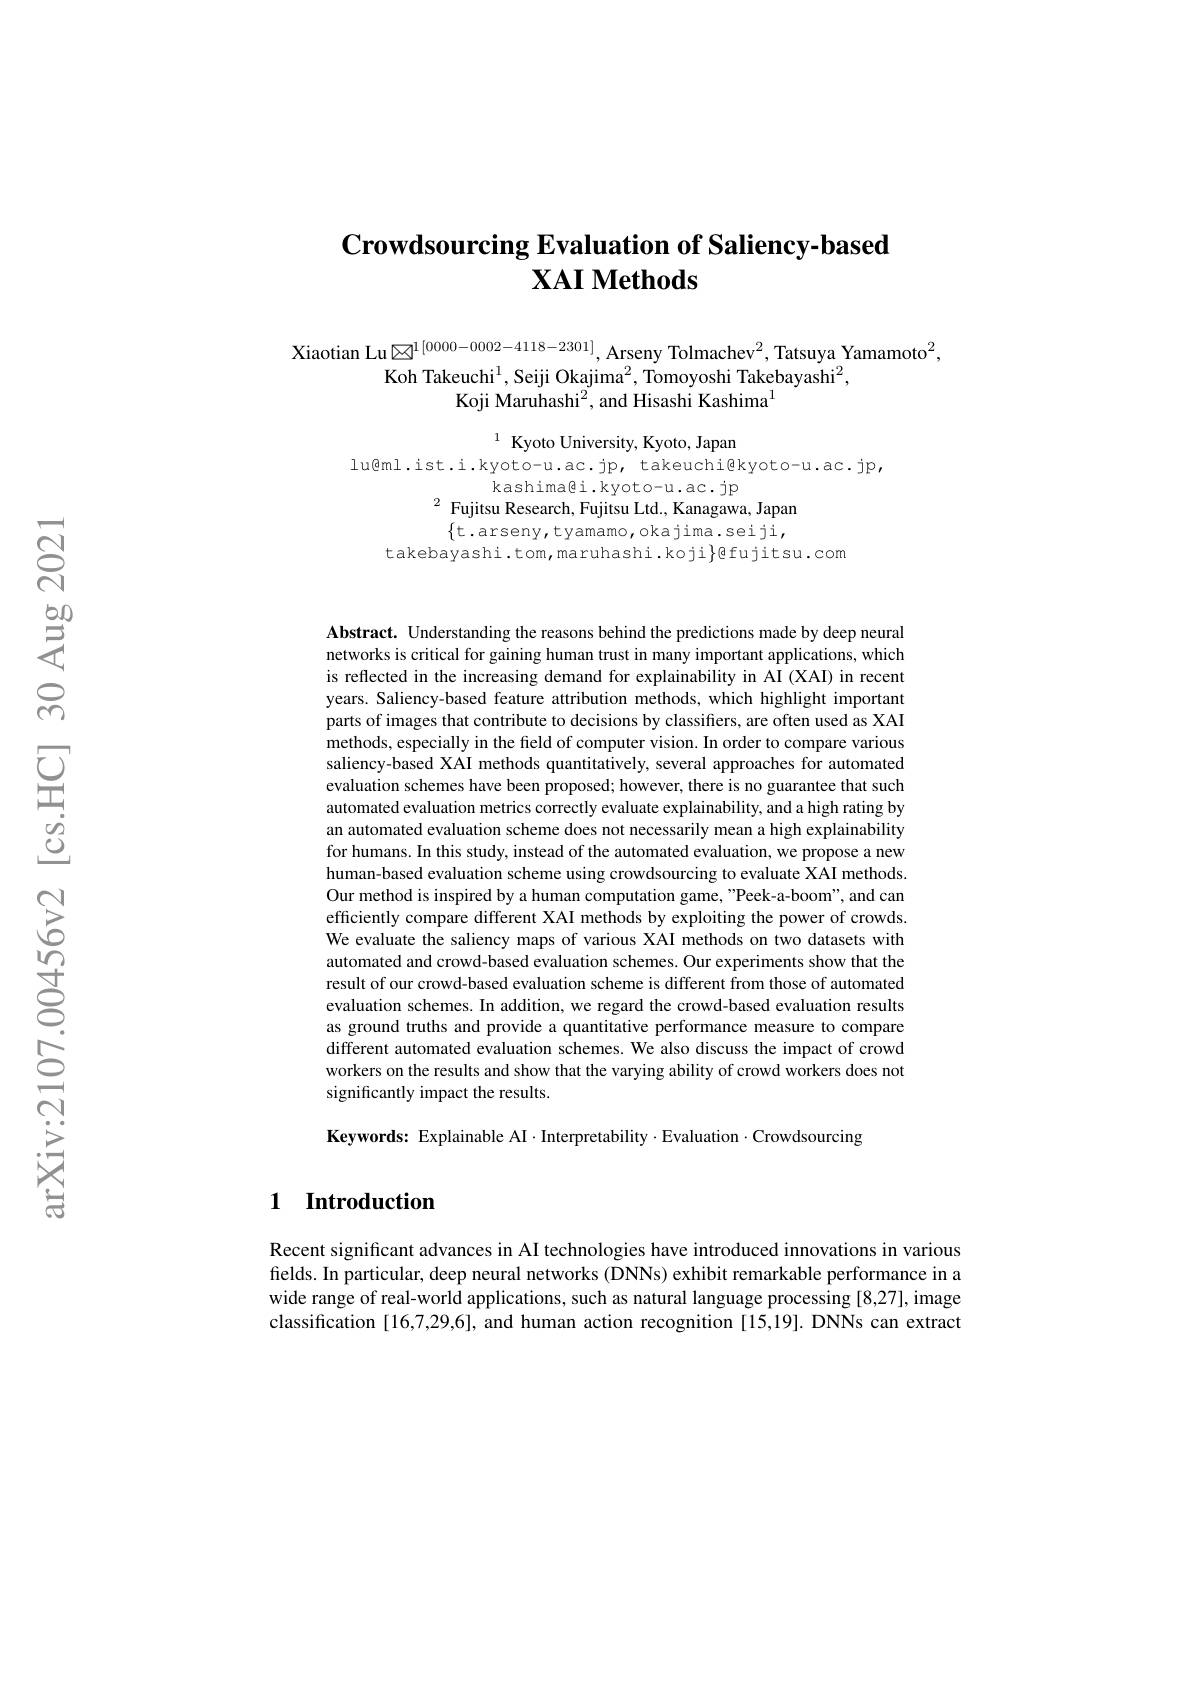
## $\textbf{Crowdsourcing Evaluation of Saliency- based}$ $\mathbf{XAI~Methods}$

Xiaotian Lu $\boxtimes^{1[0000-0002-4118-2301]}$, Arseny Tolmachev$^{2}$, Tatsuya Yamamoto$^{2}$,
Koh Takeuchi$^1$,Seiji Okajima$^2$, Tomoyoshi Takebayashi$^2$,
Koji Maruhashi$^2$, and Hisashi Kashima$^{1}$

$^{1}$ Kyoto University, Kyoto, Japan

lu@ml.ist.i.kyoto-u.ac.jp, takeuchi@kyoto-u.ac.jp,
kashimagi.kyoto-u.ac.jp
$^{2}$ Fujitsu Research, Fujitsu Ltd., Kanagawa, Japan
$\{$t.arseny,tyamamo,okajima.seiji,
takebayashi.tom,maruhashi.koji}gfujitsu.com

Abstract. Understanding the reasons behind the predictions made by deep neural networks is critical for gaining human trust in many important applications, which is reflected in the increasing demand for explainability in AI (XAI) in recent years. Saliency-based feature attribution methods, which highlight important parts of images that contribute to decisions by classifiers, are often used as XAI methods, especially in the field of computer vision. In order to compare various saliency-based XAI methods quantitatively, several approaches for automated evaluation schemes have been proposed; however, there is no guarantee that such automated evaluation metrics correctly evaluate explainability, and a high rating by an automated evaluation scheme does not necessarily mean a high explainability for humans. In this study, instead of the automated evaluation, we propose a new human-based evaluation scheme using crowdsourcing to evaluate XAI methods. Our method is inspired by a human computation game, "Peek-a-boom", and can efficiently compare different XAI methods by exploiting the power of crowds. We evaluate the saliency maps of various XAI methods on two datasets with automated and crowd-based evaluation schemes. Our experiments show that the result of our crowd-based evaluation scheme is different from those of automated evaluation schemes. In addition, we regard the crowd-based evaluation results as ground truths and provide a quantitative performance measure to compare different automated evaluation schemes. We also discuss the impact of crowd workers on the results and show that the varying ability of crowd workers does not significantly impact the results.

Keywords: Explainable AI$\cdot$Interpretability$\cdot$Evaluation$\cdot$Crowdsourcing

## 1 Introduction

Recent significant advances in AI technologies have introduced innovations in various felds. In particular, deep neural networks (DNNs) exhibit remarkable performance in a wide range of real-world applications, such as natural language processing [8,27], image classification [16,7,29,6], and human action recognition [15,19]. DNNs can extract